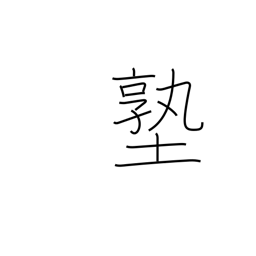
Meaning: private school